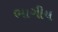
ભાગીય